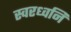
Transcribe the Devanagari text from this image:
स्वरध्वनि